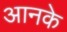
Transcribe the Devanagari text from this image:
आनके